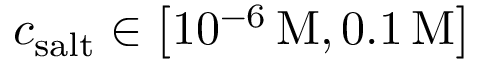
c _ { \mathrm { s a l t } } \in \left[ 1 0 ^ { - 6 } \, \mathrm { M } , 0 . 1 \, \mathrm { M } \right]